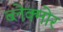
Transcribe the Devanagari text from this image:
ब्लेक्मोर